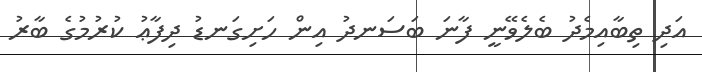
އަދި ތިބާއިމެދު ބެލެވޭނީ ފާނަ ބަސަނދު އިން ހަށިގަނޑު ދިފާޢު ކުރުމުގެ ބާރު